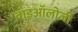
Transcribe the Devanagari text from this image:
बाइऑलोजी